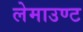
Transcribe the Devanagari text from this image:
लेमाउण्ट